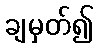
ချမှတ်၍